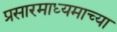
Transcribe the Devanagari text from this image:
प्रसारमाध्‍यमाच्‍या